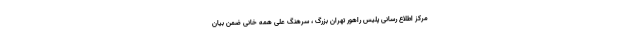
مرکز اطلاع رسانی پلیس راهور تهران بزرگ ، سرهنگ علی همه خانی ضمن بیان